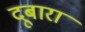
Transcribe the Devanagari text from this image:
दूबारा